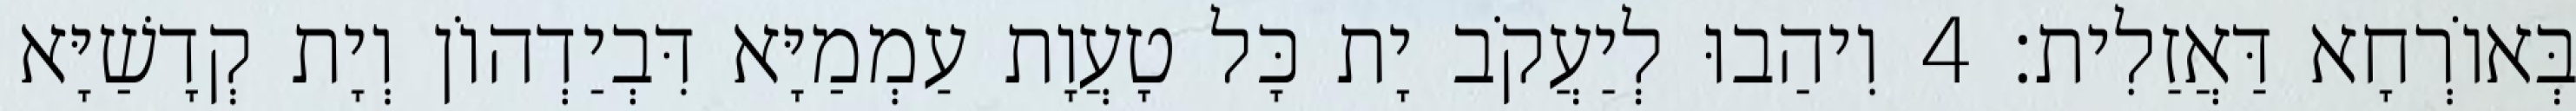
בְּאוֹרְחָא דַּאֲזַלִית׃ 4 וִיהַבוּ לְיַעֲקֹב יָת כָּל טָעֲוָת עַמְמַיָּא דִּבְיַדְהוֹן וְיָת קְדָשַׁיָּא